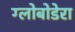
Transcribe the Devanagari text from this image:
ग्लोबोडेरा